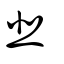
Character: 韮